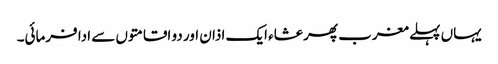
یہاں پہلے مغرب پھر عشاء ایک اذان اور دو اقامتوں سے ادا فرمائی۔